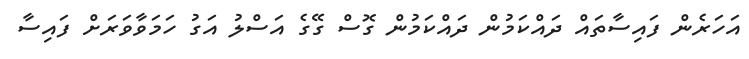
އަހަރެން ފައިސާތައް ދައްކަމުން ދައްކަމުން ގޮސް ގޭގެ އަސްލު އަގު ހަމަވާވަރަށް ފައިސާ